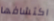
اكتشافها